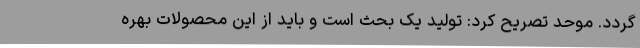
گردد. موحد تصریح کرد: تولید یک بحث است و باید از این محصولات بهره